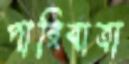
পারিবাত্রা